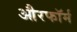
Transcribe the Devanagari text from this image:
औरफॉर्म